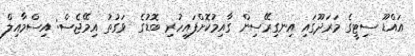
އައްޑޫ ސިޓީގެ މަރަދޫގައި އިނގިރޭސިން ގާއިމުކޮށްފައިހުރި ބޮޑުގެ  ވަގުތު އިމޭޖެސް: އިސްމާއިލް